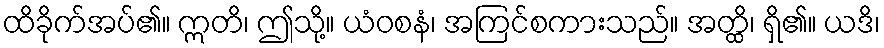
ထိခိုက်အပ်၏။ ဣတိ၊ ဤသို့။ ယံဝစနံ၊ အကြင်စကားသည်။ အတ္ထိ၊ ရှိ၏။ ယဒိ၊